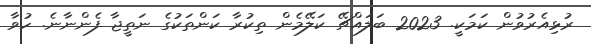
ރުޅިއެރުވުން ކަމަކީ. 2023 ބަލައްޗޭ ކަލޭމެން ތިކުރާ ކަންތަކުގެ ނަތީޖާ ފެންނާނެ. ހުވާ